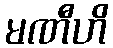
မဏီဟိ